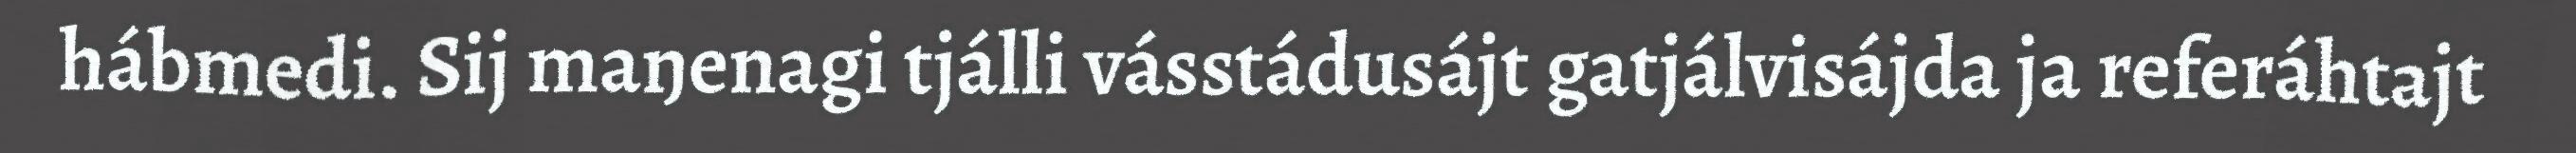
hábmedi. Sij maŋenagi tjálli vásstádusájt gatjálvisájda ja referáhtajt